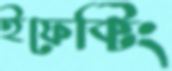
ইফেক্টিং